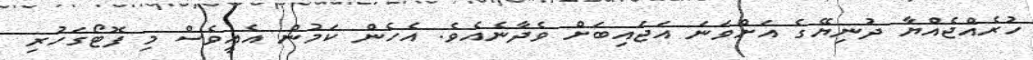
ހުރެއްޖެއްޔާ ދުނިޔޭގެ އަށްވަނަ އަޖައިބަށް ވެދާނެއެވެ. އެހެން ކަމުން އެއީވެސް މި ފޮޓޯގަހުރި